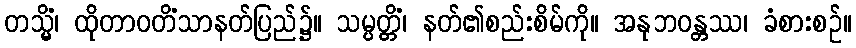
တသ္မိံ၊ ထိုတာဝတိံသာနတ်ပြည်၌။ သမ္ပတ္တိံ၊ နတ်၏စည်းစိမ်ကို။ အနုဘဝန္တဿ၊ ခံစားစဉ်။